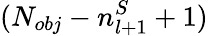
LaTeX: (N_{obj}-n_{l+1}^{S}+1)